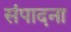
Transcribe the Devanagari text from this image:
संपादना